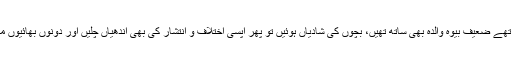
دو سگے بھائی ہنسی خوشی ایک ساتھ رہتے تھے ضعیف بیوہ والدہ بھی ساتھ تھیں، بچوں کی شادیاں ہوئیں تو پھر آپسی اختلاف و انتشار کی بھی آندھیاں چلیں اور دونوں بھائیوں میں بٹوارہ ہوگیا، آنگن میں دیوار کھڑی ہوگئی۔